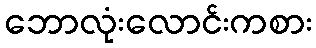
ဘောလုံးလောင်းကစား